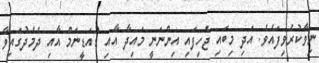
ނިވާކުރެވިފައެވެ. އަދި މިބައި ޖެހިފައި އިންނަނީ މައިދާ އާއި ޑުއަޑީނަމް އާއި ދެމެދުގައިވާ